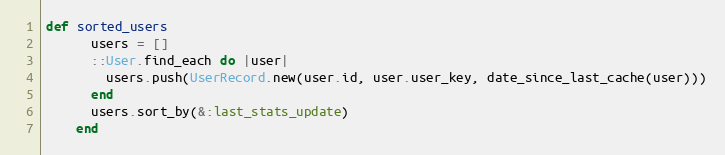
Language: Ruby
def sorted_users
      users = []
      ::User.find_each do |user|
        users.push(UserRecord.new(user.id, user.user_key, date_since_last_cache(user)))
      end
      users.sort_by(&:last_stats_update)
    end